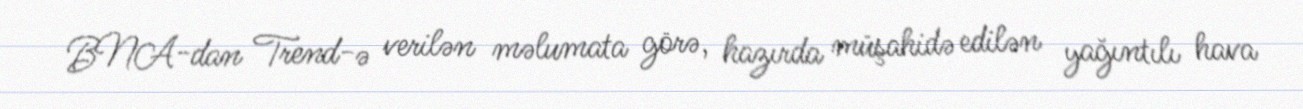
BNA-dan Trend-ə verilən məlumata görə, hazırda müşahidə edilən yağıntılı hava